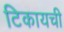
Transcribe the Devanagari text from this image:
टिकायची